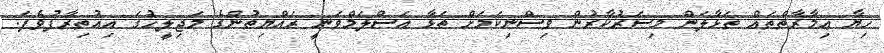
ހިޔާ ޢިމާރާތްތައް ތަޅާލަން މިސަރުކާރުން ވިސްނިކަމަށް ތަޅާ އަސްލަމްވަނީ ރައްޔިތުންގެ މަޖިލީހުގަ އިއުތިރާފުވެފަ.